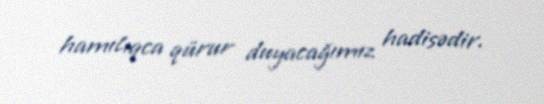
hamılıqca qürur duyacağımız hadisədir.